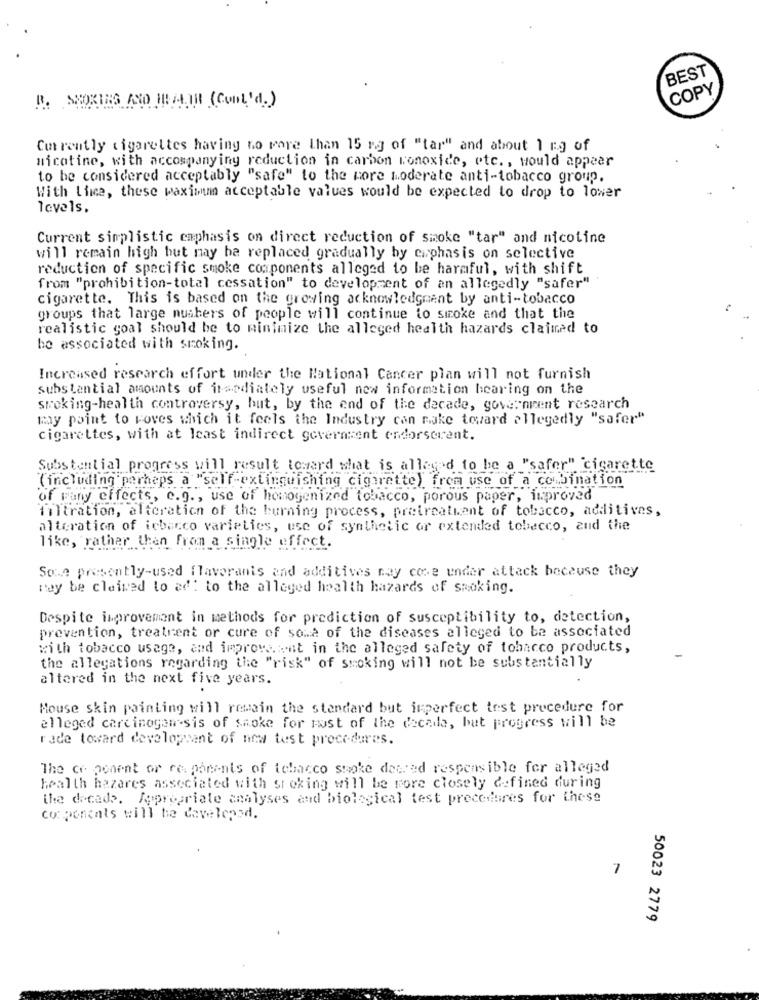
BEST
COPY
B. SMOKING AND HEALTH (Cont'd.)
Currently cigarettes having no more than 15 rg of "tar" and about 1 ng of
nicotine, with accompanying reduction in carbon monoxide, etc ., would appear
to be considered acceptably "safe" to the more moderate anti-tobacco group.
With Lime, these maximum acceptable values would be expected to drop to lower
levels.
Current simplistic emphasis on direct reduction of smoke "tar" and nicotine
will remain high but may be replaced gradually by ciphasis on selective
reduction of specific smoke components alleged to be harmful, with shift
from "prohibition-total cessation" to development of an allegedly "safer"
cigarette. This is based on the growing acknowledgment by anti-tobacco
groups that large numbers of people will continue to smoke and that the
realistic goal should be to minimize the alleged health hazards claimed to
be associated with smoking.
Increased research effort under the National Cancer plan will not furnish
substantial amounts of itsodiately useful new information hearing on the
smoking-health controversy, but, by the end of the decade, government research
my point to Foves which it feels the Industry con make toward allegedly "safer"
cigarettes, with at least indirect goverment endorserent.
Substantial progress will result toward what is alleged to be a "safer" "cigarette
(including perhaps a "self-extinguishing cigarette) from use of a combination
of many effects, e.g ., use of homogenized tobacco, porous paper, improved
filtration, alteration of the burning process, pretreatment of tobacco, additives,
alteration of icbecco varieties, use of synthetic or extended tobecco, and the
like, rather than from a single effect.
Soca presently-used flavoranis and additives nay cose under attack because they
may be claimed to ad! to the alleged health hazards of smoking.
Despite improvement in methods for prediction of susceptibility to, detection,
prevention, treatrent or cure of sona of the diseases alleged to be associated
with tobacco usage, and improve. wnt in the alleged safety of tobacco products,
the allegations regarding the "risk" of smoking will not be substantially
altered in the next five years.
.
Mouse skin painting will remain the standard but imperfect test procedure for
alleged carcinogenesis of smoke for most of the decade, but progress will be
rade toward development of new test procedures.
The co ponent or re ponents of tobacco smoke deered responsible for alleged
health hazares associated with stoking will be more closely defined during
the decade. Jepropriate analyses and biological test procedures for these
corponcals will be developed.
7
50023 2779